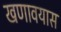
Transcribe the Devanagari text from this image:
खणावयास